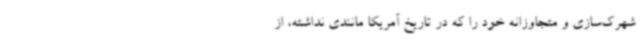
شهرک‌سازی و متجاوزانه خود را که در تاریخ آمریکا مانندی نداشته، از